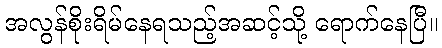
အလွန်စိုးရိမ်နေရသည့်အဆင့်သို့ ရောက်နေပြီ။